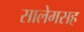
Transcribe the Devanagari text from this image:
सालेमसह